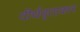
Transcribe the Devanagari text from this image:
दीर्धवृताकार